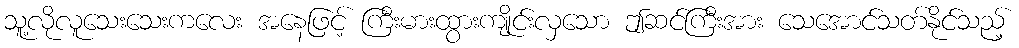
သူ့လိုလူသေးသေးကလေး အနေဖြင့် ကြီးမားထွားကျိုင်းလှသော ဤဆင်ကြီးအား သေအောင်သတ်နိုင်သည့်